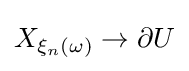
X_{\xi _{n}(\omega )}\to \partial U